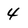
Character: 4